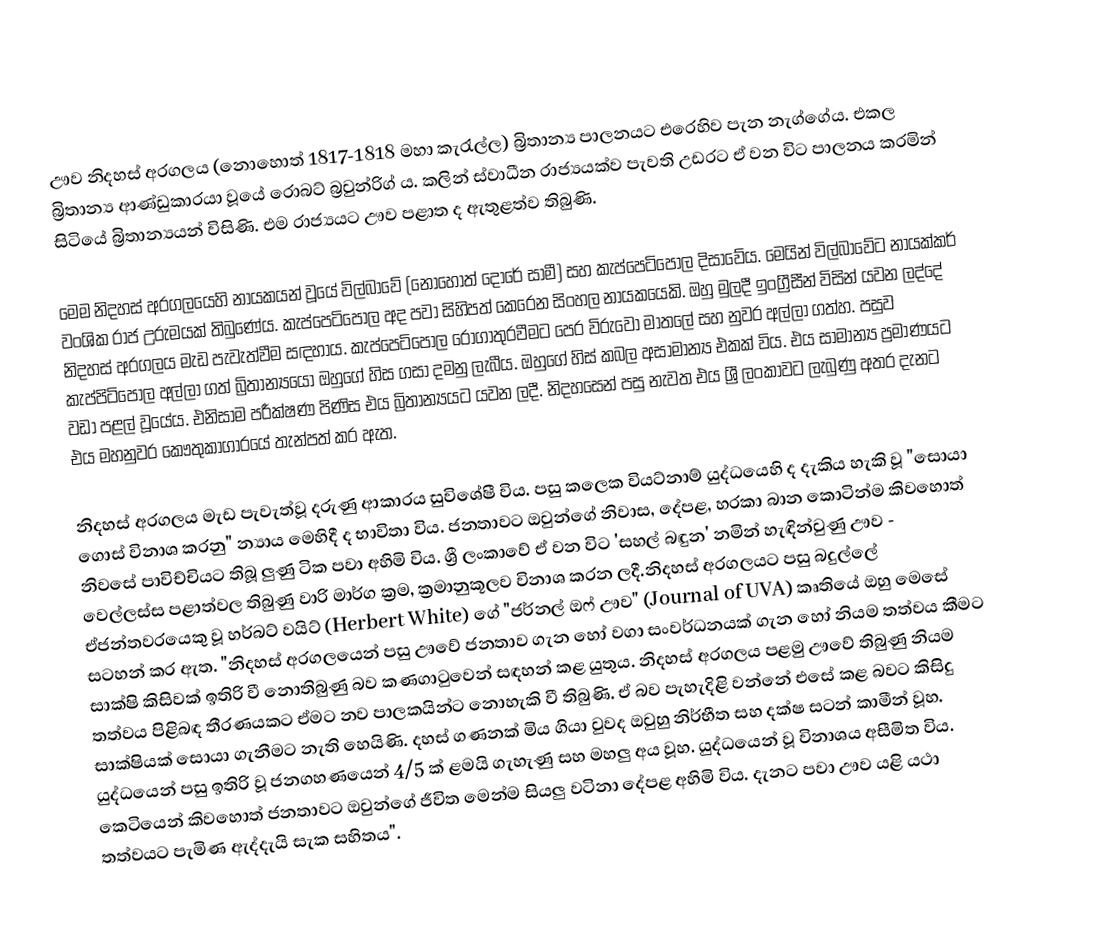
ඌව නිදහස් අරගලය (නොහොත් 1817-1818 මහා කැරැල්ල) බ්‍රිතාන්‍ය පාලනයට එරෙහිව පැන නැග්ගේය. එකල බ්‍රිතාන්‍ය ආණ්ඩුකාරයා වූයේ රොබට් බ්‍රවුන්රිග් ය. කලින් ස්වාධීන රාජ්‍යයක්ව පැවති උඩරට ඒ වන විට පාලනය කරමින් සිටියේ බ්‍රිතාන්‍යයන් විසිණි. එම රාජ්‍යයට ඌව පළාත ද ඇතුළත්ව තිබුණි.

මෙම නිදහස් අරගලයෙහි නායකයන් වූයේ විල්බාවේ (නොහොත් දොරේ සාමී) සහ කැප්පෙටිපොල දිසාවේය. මෙයින් විල්බාවේට නායක්කර් වංශික රාජ උරුමයක් තිබුණේය. කැප්පෙටිපොල අද පවා සිහිපත් කෙරෙන සිංහල නායකයෙකි. ඔහු මුලදී ඉංග්‍රීසීන් විසින් යවන ලද්දේ නිදහස් අරගලය මැඩ පැවැත්වීම සඳහාය. කැප්පෙටිපොල රෝගාතුරවීමට පෙර විරුවෝ මාතලේ සහ නුවර අල්ලා ගත්හ. පසුව කැප්පිටිපොල අල්ලා ගත් බ්‍රිතාන්‍යයෝ ඔහුගේ හිස ගසා දමනු ලැබීය. ඔහුගේ හිස් කබල අසාමාන්‍ය එකක් විය. එය සාමාන්‍ය ප්‍රමාණයට වඩා පළල් වූයේය. එනිසාම පරීක්ෂණ පිණිස එය බ්‍රිතාන්‍යයට යවන ලදී. නිදහසෙන් පසු නැවත එය ශ්‍රී ලංකාවට ලැබුණු අතර දැනට එය මහනුවර කෞතුකාගාරයේ තැන්පත් කර ඇත.

නිදහස් අරගලය මැඩ පැවැත්වූ දරුණු ආකාරය සුවිශේෂී විය. පසු කලෙක වියට්නාම් යුද්ධයෙහි ද දැකිය හැකි වූ "සොයා ගොස් විනාශ කරනු" න්‍යාය මෙහිදී ද භාවිතා විය. ජනතාවට ඔවුන්ගේ නිවාස, දේපළ, හරකා බාන කොටින්ම කිවහොත් නිවසේ පාවිච්චියට තිබූ ලුණු ටික පවා අහිමි විය. ශ්‍රී ලංකාවේ ඒ වන විට 'සහල් බඳුන' නමින් හැඳින්වුණු ඌව - වෙල්ලස්ස පළාත්වල තිබුණු වාරි මාර්ග ක්‍රම, ක්‍රමානුකූලව විනාශ කරන ලදී.නිදහස් අරගලයට පසු බදුල්ලේ ඒජන්තවරයෙකු වූ හර්බට් වයිට් (Herbert White) ගේ "ජර්නල් ඔෆ් ඌව" (Journal of UVA) කෘතියේ ඔහු මෙසේ සටහන් කර ඇත. "නිදහස් අරගලයෙන් පසු ඌවේ ජනතාව ගැන හෝ වගා සංවර්ධනයක් ගැන හෝ නියම තත්වය කීමට සාක්ෂි කිසිවක් ඉතිරි වී නොතිබුණු බව කණගාටුවෙන් සඳහන් කළ යුතුය. නිදහස් අරගලය පළමු ඌවේ තිබුණු නියම තත්වය පිළිබඳ තීරණයකට ඒමට නව පාලකයින්ට නොහැකි වී තිබුණි. ඒ බව පැහැදිළි වන්නේ එසේ කළ බවට කිසිදු සාක්ෂියක් සොයා ගැනීමට නැති හෙයිණි. දහස් ගණනක් මිය ගියා වුවද ඔවුහු නිර්භීත සහ දක්ෂ සටන් කාමීන් වූහ. යුද්ධයෙන් පසු ඉතිරි වූ ජනගහණයෙන් 4/5 ක් ළමයි ගැහැණු සහ මහලු අය වූහ. යුද්ධයෙන් වූ විනාශය අසීමිත විය. කෙටියෙන් කිවහොත් ජනතාවට ඔවුන්ගේ ජීවිත මෙන්ම සියලු වටිනා දේපළ අහිමි විය. දැනට පවා ඌව යළි යථා තත්වයට පැමිණ ඇද්දැයි සැක සහිතය".